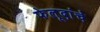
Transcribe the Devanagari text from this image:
फेलूदांचे